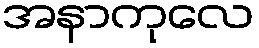
အနာကုလေ